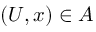
( U , x ) \in A